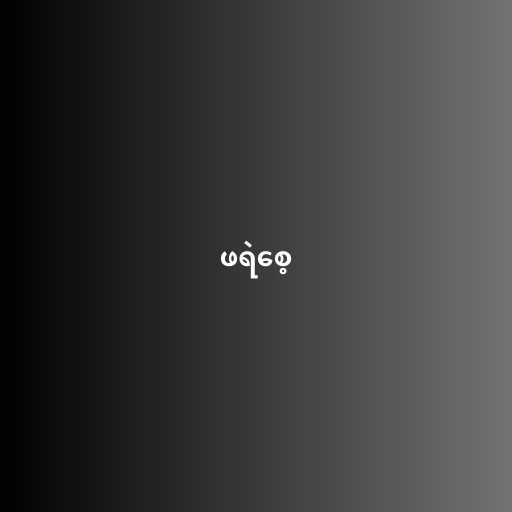
ဖရဲစေ့